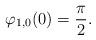
LaTeX: \begin{align*}\varphi_{1,0}(0)=\frac{\pi}{2}.\end{align*}